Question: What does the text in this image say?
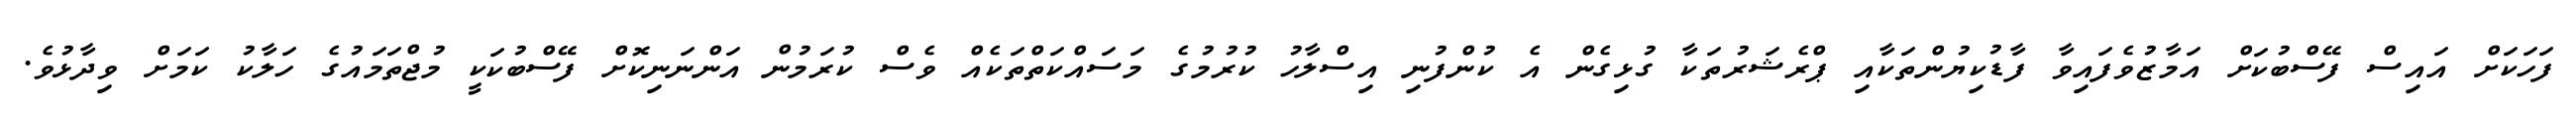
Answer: ފަހަކަށް އައިސް ފޭސްބުކަށް އަމާޒުވެފައިވާ ފާޑުކިޔުންތަކާއި ޕްރެޝަރުތަކާ ގުޅިގެން އެ ކުންފުނި އިސްލާހު ކުރުމުގެ މަސައްކަތްތަކެއް ވެސް ކުރަމުން އަންނަނިކޮށް ފޭސްބުކަކީ މުޖްތަމައުގެ ހަލާކު ކަމަށް ވިދާޅުވެ.